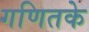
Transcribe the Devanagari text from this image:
गणितके